Civil Veterinary Department Bengal reports 1923-33 - 1923-1933
Year: 1923
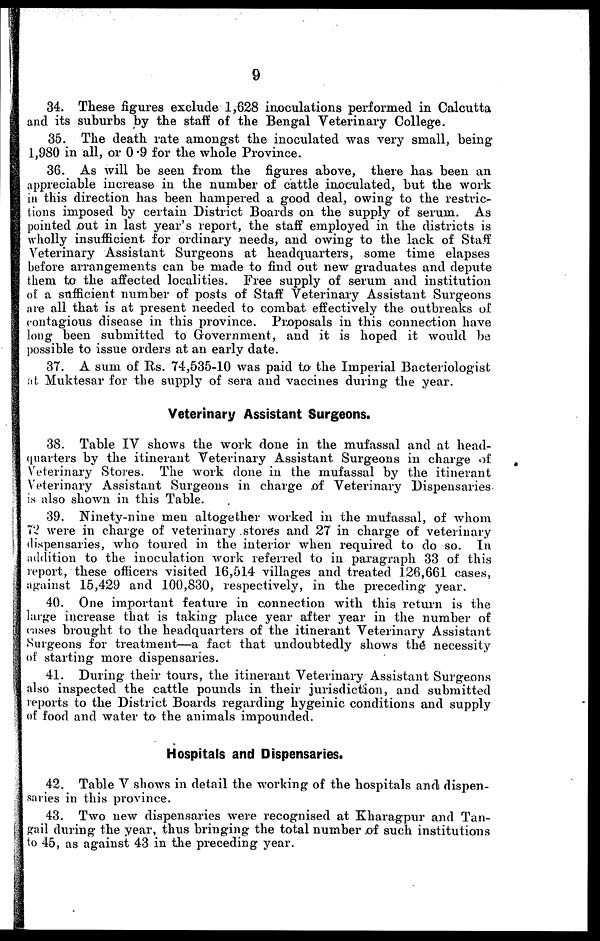
9
34. These figures exclude 1,628 inoculations performed in Calcutta
and its suburbs by the staff of the Bengal Veterinary College.
35. The death rate amongst the inoculated was very small, being
1,980 in all, or 0 .9 for the whole Province.
36. As will be seen from the figures above, there has been an
appreciable increase in the number of cattle inoculated, but the work
in this direction has been hampered a good deal, owing to the restric-
tions imposed by certain District Boards on the supply of serum. As
pointed out in last year's report, the staff employed in the districts is
wholly insufficient for ordinary needs, and owing to the lack of Staff
Veterinary Assistant Surgeons at headquarters, some time elapses
before arrangements can be made to find out new graduates and depute
them to the affected localities. Free supply of serum and institution
of a sufficient number of posts of Staff Veterinary Assistant Surgeons
are all that is at present needed to combat effectively the outbreaks of
contagious disease in this province. Proposals in this connection have
long been submitted to Government, and it is hoped it would be
possible to issue orders at an early date.
37. A sum of Rs. 74,535-10 was paid to the Imperial Bacteriologist
at Muktesar for the supply of sera and vaccines during the year.
Veterinary Assistant Surgeons.
38. Table IV shows the work done in the mufassal and at head-
quarters by the itinerant Veterinary Assistant Surgeons in charge of
Veterinary Stores. The work done in the mufassal by the itinerant
Veterinary Assistant Surgeons in charge of Veterinary Dispensaries
is also shown in this Table.
39. Ninety-nine men altogether worked in the mufassal, of whom
72 were in charge of veterinary stores and 27 in charge of veterinary
dispensaries, who toured in the interior when required to do so. In
addition to the inoculation work referred to in paragraph 33 of this
report, these officers visited 16,514 villages and treated 126,661 cases,
against 15,429 and 100,830, respectively, in the preceding year.
40. One important feature in connection with this return is the
large increase that is taking place year after year in the number of
cases brought to the headquarters of the itinerant Veterinary Assistant
Surgeons for treatment—a fact that undoubtedly shows the necessity
of starting more dispensaries.
41. During their tours, the itinerant Veterinary Assistant Surgeons
also inspected the cattle pounds in their jurisdiction, and submitted
reports to the District Boards regarding hygeinic conditions and supply
of food and water to the animals impounded.
Hospitals and Dispensaries.
42. Table V shows in detail the working of the hospitals and dispen-
saries in this province.
43. Two new dispensaries were recognised at Kharagpur and Tan-
gail during the year, thus bringing the total number of such institutions
to 45, as against 43 in the preceding year.